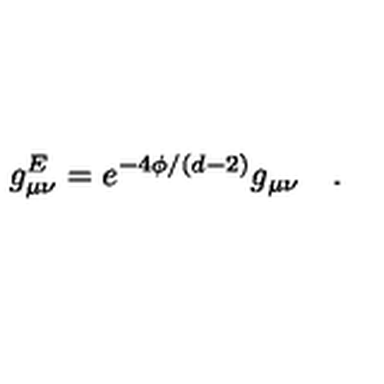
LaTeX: g _ { \mu \nu } ^ { E } = e ^ { - 4 \phi / ( d - 2 ) } g _ { \mu \nu } \quad .